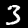
Label: 3